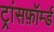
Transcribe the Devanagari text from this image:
ट्रांसफ़ॉर्म्ड